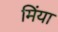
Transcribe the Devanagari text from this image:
मिंया